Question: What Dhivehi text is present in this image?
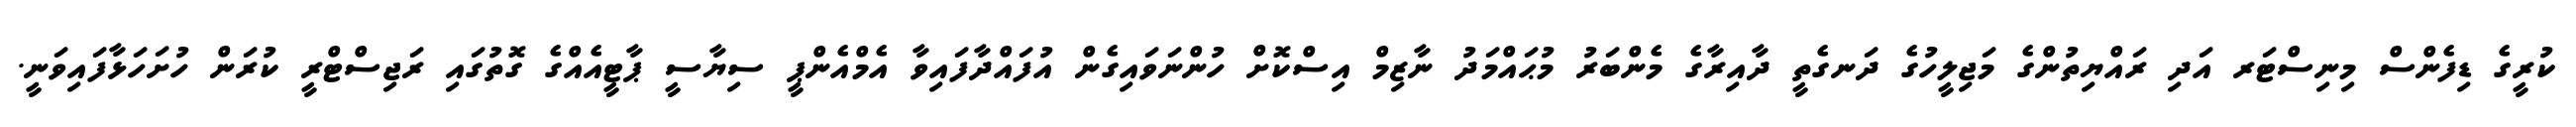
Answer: ކުރީގެ ޑިފެންސް މިނިސްޓަރ އަދި ރައްޔިތުންގެ މަޖިލީހުގެ ދަނގެތީ ދާއިރާގެ މެންބަރު މުޙައްމަދު ނާޒިމް އިސްކޮށް ހުންނަވައިގެން އުފައްދާފައިވާ އެމްއެންޕީ ސިޔާސީ ޕާޓީއެއްގެ ގޮތުގައި ރަޖިސްޓްރީ ކުރަން ހުށަހަޅާފައިވަނީ.